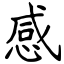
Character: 感